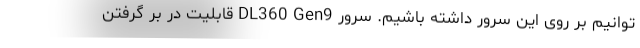
توانیم بر روی این سرور داشته باشیم. سرور DL360 Gen9 قابلیت در بر گرفتن